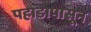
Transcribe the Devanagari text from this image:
पहाडापासून